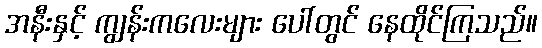
အနီးနှင့် ကျွန်းကလေးများ ပေါ်တွင် နေထိုင်ကြသည်။